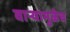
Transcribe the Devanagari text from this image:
वाऱ्यामुळेच